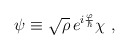
\begin{align*}\psi \equiv \sqrt{\rho }\,e^{i\frac \varphi \hbar }\chi \ ,\end{align*}